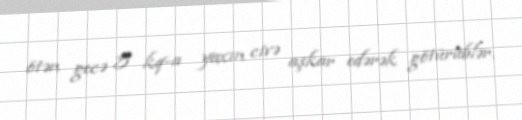
ötən gecə 5 kq-a yaxın civə aşkar edərək götürüblər.